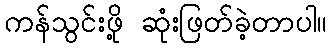
ကန်သွင်းဖို့ ဆုံးဖြတ်ခဲ့တာပါ။